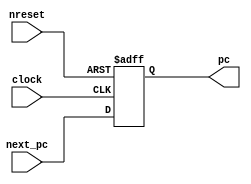
module ProgramCounter(
    output reg [31:0] pc, 
    input [31:0] next_pc,
    input clock, nreset
);
    always @(posedge clock, negedge nreset) begin
        if (!nreset) begin
            pc <= 0;
        end else begin
            pc <= next_pc;
        end
    end
endmodule